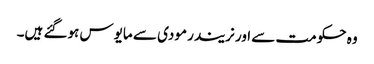
وہ حکومت سے اور نریندر مودی سے مایوس ہوگئے ہیں۔